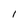
Character: 1